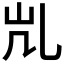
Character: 𰀷